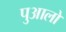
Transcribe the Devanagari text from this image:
पुआलों